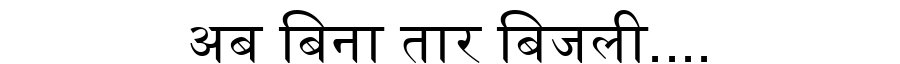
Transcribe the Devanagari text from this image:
अब बिना तार बिजली....